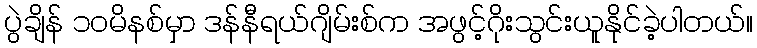
ပွဲချိန် ၁၀မိနစ်မှာ ဒန်နီရယ်ဂျိမ်းစ်က အဖွင့်ဂိုးသွင်းယူနိုင်ခဲ့ပါတယ်။